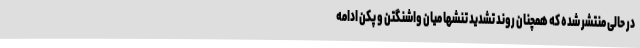
در حالی منتشر شده که همچنان روند تشدید تنشها میان واشنگتن و پکن ادامه